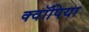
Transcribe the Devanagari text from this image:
क्वॉपिया